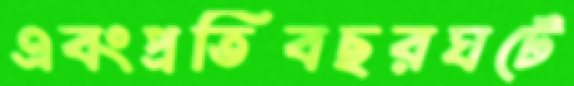
এবংপ্রতিবছরঘটে